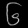
Digit: ၆